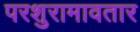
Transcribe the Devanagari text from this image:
परशुरामावतार